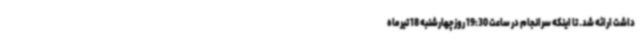
داشت ارائه شد. تا اینکه سرانجام در ساعت 19:30 روزچهارشنبه 18 تیرماه